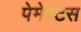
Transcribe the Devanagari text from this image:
पेमेण्टस